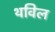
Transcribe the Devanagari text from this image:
थविल